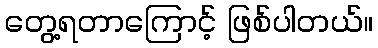
တွေ့ရတာကြောင့် ဖြစ်ပါတယ်။